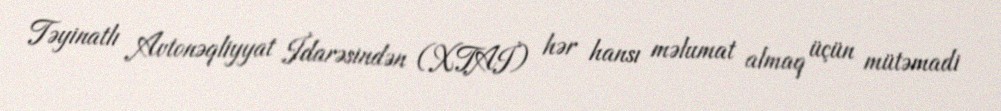
Təyinatlı Avtonəqliyyat İdarəsindən (XTAİ) hər hansı məlumat almaq üçün mütəmadi